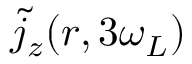
\tilde { j } _ { z } ( \boldsymbol r , 3 \omega _ { L } )